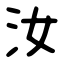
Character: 汝